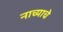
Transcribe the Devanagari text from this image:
नाच्याचे